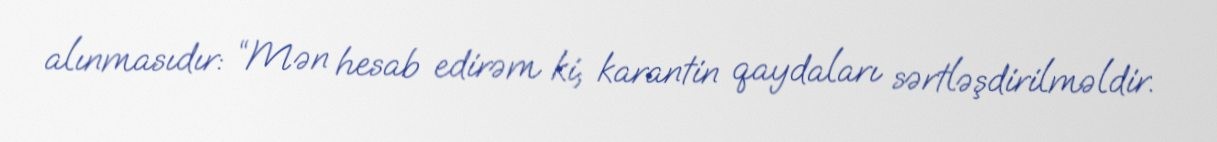
alınmasıdır: “Mən hesab edirəm ki, karantin qaydaları sərtləşdirilməldir.